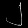
Digit: ၂